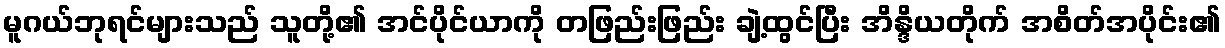
မူဂယ်ဘုရင်များသည် သူတို့၏ အင်ပိုင်ယာကို တဖြည်းဖြည်း ချဲ့ထွင်ပြီး အိန္ဒိယတိုက် အစိတ်အပိုင်း၏